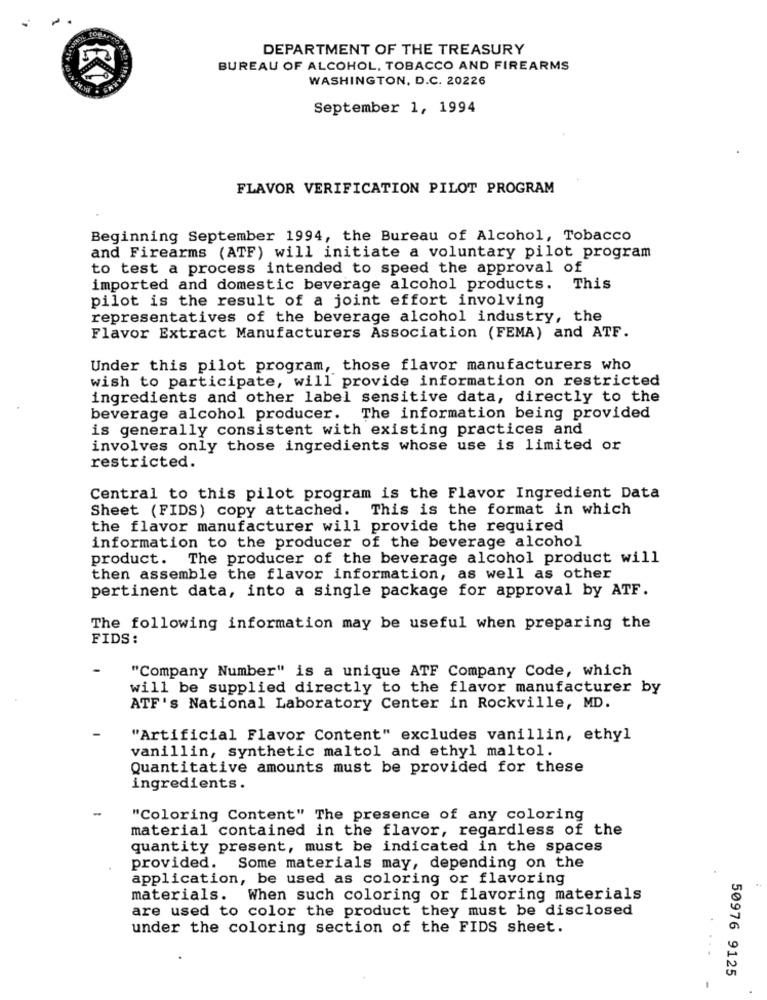
-
DEPARTMENT OF THE TREASURY
BUREAU OF ALCOHOL, TOBACCO AND FIREARMS
WASHINGTON, D.C. 20226
September 1, 1994
FLAVOR VERIFICATION PILOT PROGRAM
Beginning September 1994, the Bureau of Alcohol, Tobacco
and Firearms (ATF) will initiate a voluntary pilot program
to test a process intended to speed the approval of
imported and domestic beverage alcohol products. This
pilot is the result of a joint effort involving
representatives of the beverage alcohol industry, the
Flavor Extract Manufacturers Association (FEMA) and ATF.
Under this pilot program, those flavor manufacturers who
wish to participate, will provide information on restricted
ingredients and other label sensitive data, directly to the
beverage alcohol producer. The information being provided
is generally consistent with existing practices and
involves only those ingredients whose use is limited or
restricted.
Central to this pilot program is the Flavor Ingredient Data
Sheet (FIDS) copy attached. This is the format in which
the flavor manufacturer will provide the required
information to the producer of the beverage alcohol
product. The producer of the beverage alcohol product will
then assemble the flavor information, as well as other
pertinent data, into a single package for approval by ATF.
The following information may be useful when preparing the
FIDS:
"Company Number" is a unique ATF Company Code, which
will be supplied directly to the flavor manufacturer by
ATF's National Laboratory Center in Rockville, MD.
"Artificial Flavor Content" excludes vanillin, ethyl
vanillin, synthetic maltol and ethyl maltol.
Quantitative amounts must be provided for these
ingredients.
"Coloring Content" The presence of any coloring
material contained in the flavor, regardless of the
quantity present, must be indicated in the spaces
provided. Some materials may, depending on the
application, be used as coloring or flavoring
materials. When such coloring or flavoring materials
are used to color the product they must be disclosed
under the coloring section of the FIDS sheet.
....
50976 9125